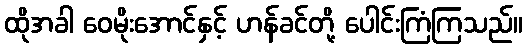
ထိုအခါ ဝေမိုးအောင်နှင့် ဟန်ခင်တို့ ပေါင်းကြံကြသည်။